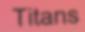
Titans